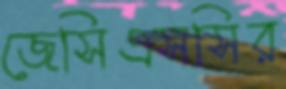
জেসিএসসির